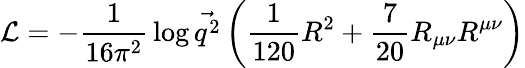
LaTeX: {\cal L}=-{\frac{1}{16\pi^{2}}}\log\vec{q^{2}}\left({\frac{1}{120}}R^{2}+{\frac{7}{20}}R_{\mu\nu}R^{\mu\nu}\right)